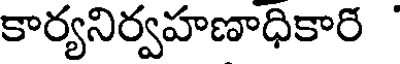
కార్యనిర్వహణాధికార్